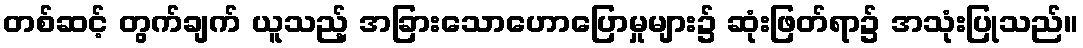
တစ်ဆင့် တွက်ချက် ယူသည့် အခြားသောဟောပြောမှုများ၌ ဆုံးဖြတ်ရာ၌ အသုံးပြုသည်။